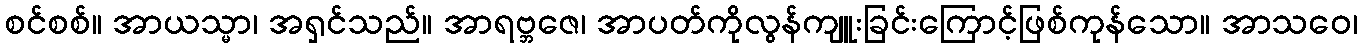
စင်စစ်။ အာယသ္မာ၊ အရှင်သည်။ အာရဗ္ဘဇေ၊ အာပတ်ကိုလွန်ကျူးခြင်းကြောင့်ဖြစ်ကုန်သော။ အာသဝေ၊